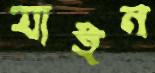
যাইন